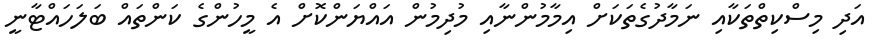
އަދި މިސްކިތްތަކާއި ނަމާދުގެތަކަށް އިމާމުންނާއި މުދިމުން އައްޔަންކޮށް އެ މީހުންގެ ކަންތައް ބަލަހައްޓާނީ